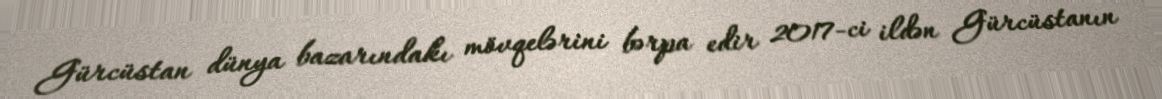
Gürcüstan dünya bazarındakı mövqelərini bərpa edir 2017-ci ildən Gürcüstanın